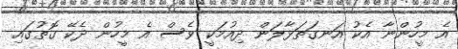
އެ މީހުންނާ އެކު އަނގަތަޅާލަން ދިއުމަކީ ވެސް އެ މީހުން ދެކޭ ގޮތުގައި